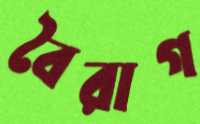
বৈরাগ